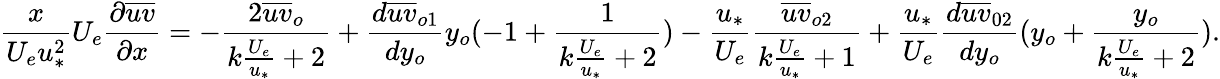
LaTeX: \frac{x}{U_{e}u_{*}^{2}}U_{e}\frac{\partial\overline{{uv}}}{\partial x}=-\frac{2\overline{{uv}}_{o}}{k\frac{U_{e}}{u_{*}}+2}+\frac{d\overline{{uv}}_{o1}}{dy_{o}}y_{o}(-1+\frac{1}{{k\frac{U_{e}}{u_{*}}+2}})-\frac{u_{*}}{U_{e}}\frac{\overline{{uv}}_{o2}}{k\frac{U_{e}}{u_{*}}+1}+\frac{u_{*}}{U_{e}}\frac{d\overline{{uv}}_{02}}{dy_{o}}(y_{o}+\frac{y_{o}}{k\frac{U_{e}}{u_{*}}+2}).